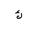
Letter: _kaf